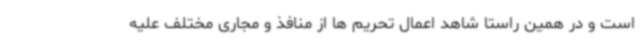
است و در همین راستا شاهد اعمال تحریم ها از منافذ و مجاری مختلف علیه